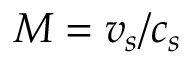
M = v _ { s } / c _ { s }